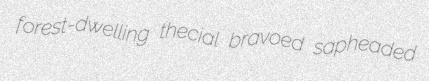
forest-dwelling thecial bravoed sapheaded